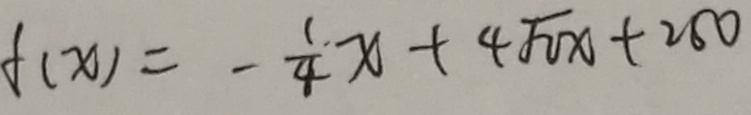
f ( x ) = - \frac { 1 } { 4 } x + 4 \sqrt { 2 x } + 2 5 0